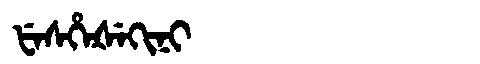
Manchu: ᡶᡝᠰᡥᡝᡧᡝᡴᡳᠨᡳ
Romanization: FESHEŠEKINI